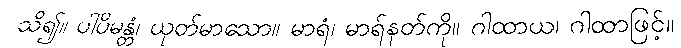
သိ၍။ ပါပိမန္တံ၊ ယုတ်မာသော။ မာရံ၊ မာရ်နတ်ကို။ ဂါထာယ၊ ဂါထာဖြင့်။